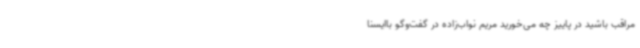
مراقب باشید در پاییز چه می‌خورید مریم نواب‌زاده در گفت‌وگو باایسنا